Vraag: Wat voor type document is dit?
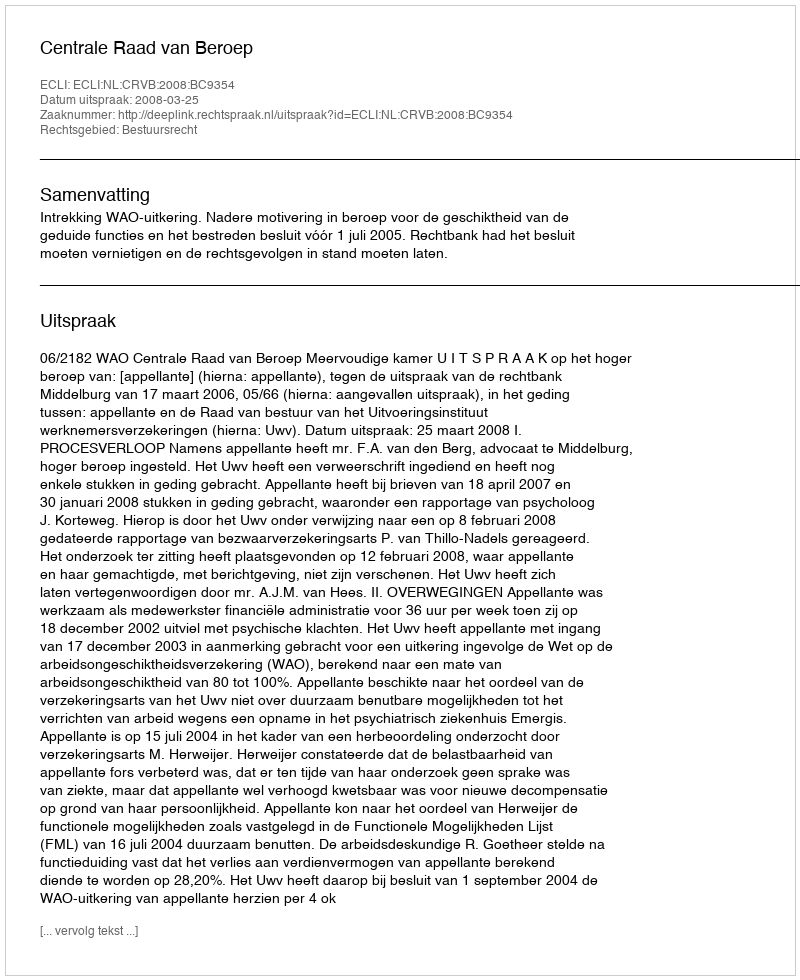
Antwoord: Uitspraak